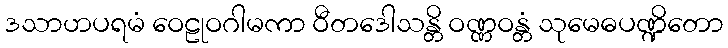
ဒသာဟပရမံ ဝေဠုဝဂါမကာ ဝီတဒေါသန္တိ ဝဏ္ဏဝန္တံ သုမေဓပဏ္ဍိတော